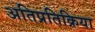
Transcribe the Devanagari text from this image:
अतिप्रतिक्रिया